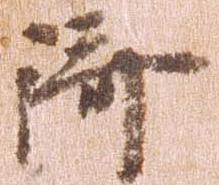
済